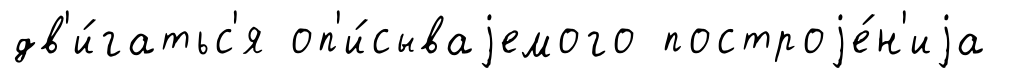
дв'и́гатьс'я оп'и́сываjемого построjе́н'иjа